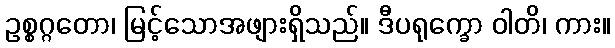
ဥစ္စဂ္ဂတော၊ မြင့်သောအဖျားရှိသည်။ ဒီပရုက္ခော ဝါတိ၊ ကား။